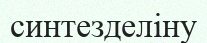
синтезделіну